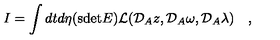
I = \int d t d \eta ( \mathrm { s d e t } E ) { \cal L } ( { \cal D } _ { A } z , { \cal D } _ { A } \omega , { \cal D } _ { A } \lambda ) \quad ,